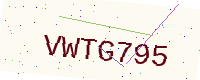
Text: VWTG795